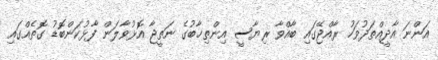
އަންނަ އާދީއްތަދުވަހު ރާއްޖޭގައި ބާއްވާ ރިޔާސީ އިންތިޚާބުގެ ނަތީޖާ އޮޅުވާލަން ފާޅުކަންބޮޑު ގޮތެއްގައި